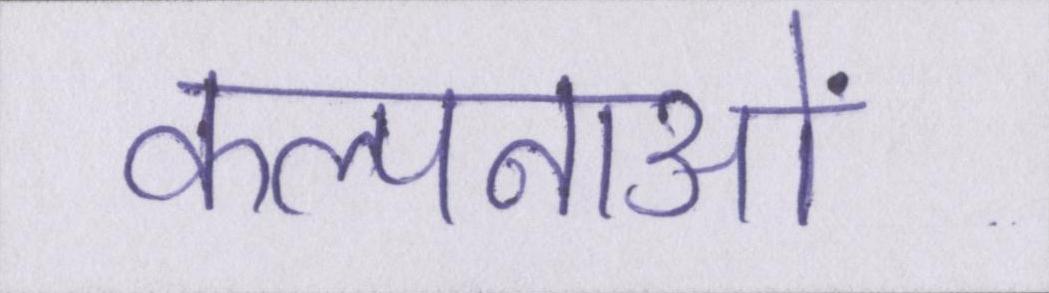
कल्पनाओं